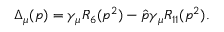
\Delta _ { \mu } ( p ) = \gamma _ { \mu } R _ { 6 } ( p ^ { 2 } ) - \hat { p } \gamma _ { \mu } R _ { 1 1 } ( p ^ { 2 } ) .